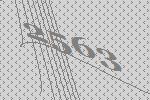
2563